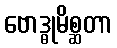
ဗောဒ္ဓုမိစ္ဆတာ